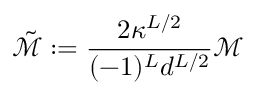
\tilde { \mathcal { M } } : = \frac { 2 \kappa ^ { L / 2 } } { ( - 1 ) ^ { L } d ^ { L / 2 } } \mathcal { M }